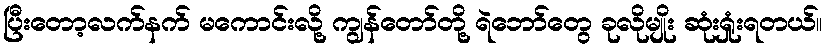
ပြီးတော့လက်နက် မကောင်းလို့ ကျွန်တော်တို့ ရဲဘော်တွေ ခုလိုမျိုး ဆုံးရှုံးရတယ်။